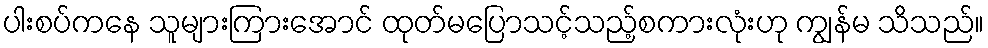
ပါးစပ်ကနေ သူများကြားအောင် ထုတ်မပြောသင့်သည့်စကားလုံးဟု ကျွန်မ သိသည်။